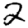
Digit: 2